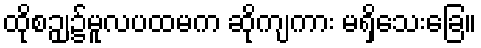
ထိုစဉျ၌မူလပထမက ဆိုကျကား မရှိသေးခြေ။